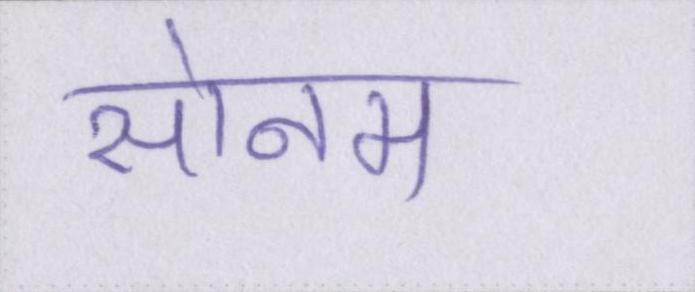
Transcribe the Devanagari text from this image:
सोनम